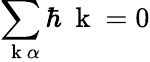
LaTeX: \sum_{\mathrm{~\mathbf~k~}\alpha}\hbar\mathrm{~\mathbf~k~}=0